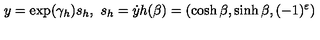
y = \exp ( \gamma _ { h } ) s _ { h } , \ s _ { h } = \dot { y } h ( \beta ) = ( \cosh \beta , \sinh \beta , ( - 1 ) ^ { \varepsilon } )